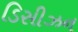
ડિસીઝન